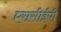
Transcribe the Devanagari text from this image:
एससीईपी